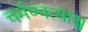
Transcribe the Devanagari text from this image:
चर्मण्वत्याश्व